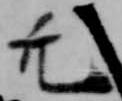
亢